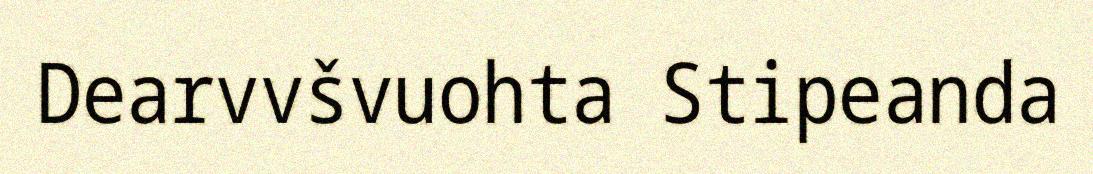
Dearvvšvuohta Stipeanda